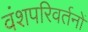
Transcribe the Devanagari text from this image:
वंशपरिवर्तनों